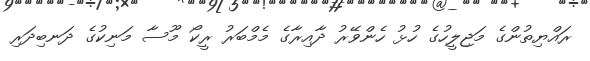
ރައްޔިތުންގެ މަޖިލީހުގެ ހުޅު ހެންވޭރު ދާއިރާގެ މެމްބަރު ރީކޯ މޫސާ މަނިކުގެ ދަނބިދަރި